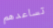
تساعدهم